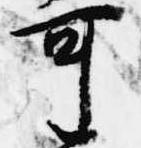
可